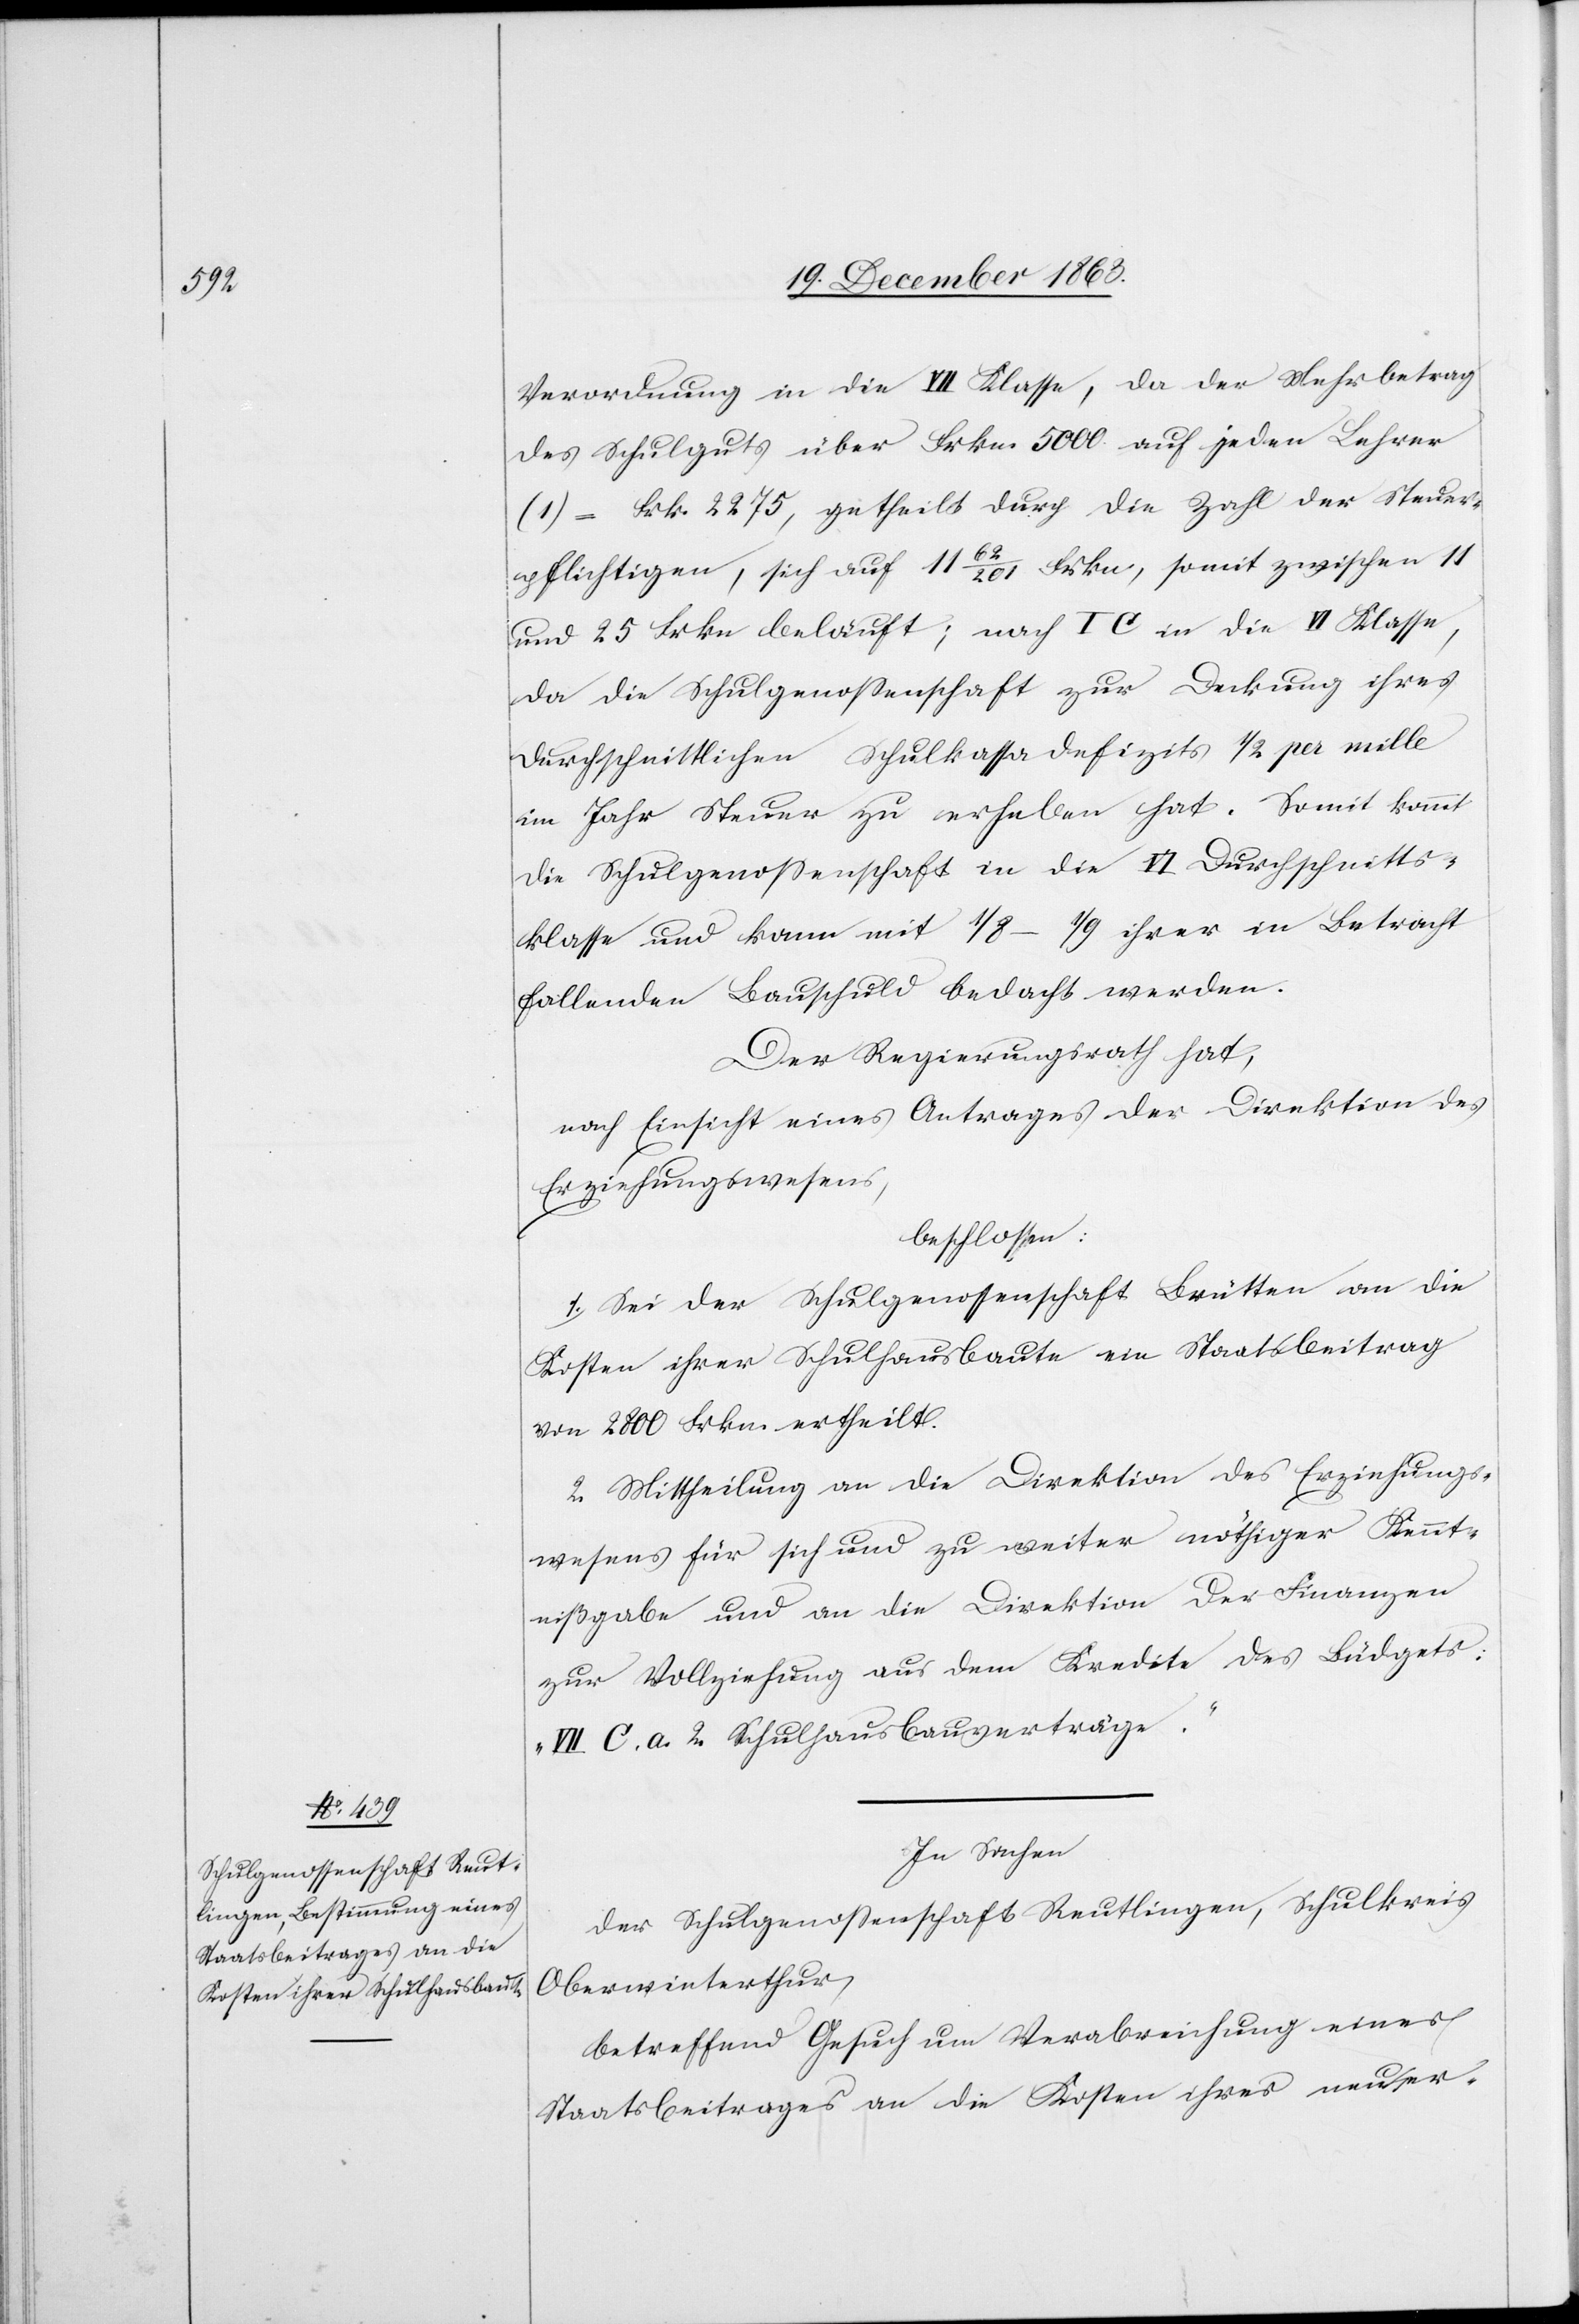
Verordnung in die VII Klasse, da der Mehrbetrag
des Schulguts über Frkn. 5000 auf jeden Lehrer
= Frk. 2275, getheilt durch die Zahl der Steuer¬
pflichtigen, sich auf 11 62/201 Frkn., somit zwischen 11
und 25 Frkn beläuft; nach I C in die VI Klasse,
da die Schulgenossenschaft zur Deckung ihres
durchschnittlichen Schulkassadefizits 1/2 per mille
im Jahr Steuer zu erheben hat. Somit kommt
die Schulgenossenschaft in die VI Durchschnitts¬
klasse und kann mit 1/8–1/9 ihrer in Betracht
fallenden Bauschuld bedacht werden.
Der Regierungsrath hat,
nach Einsicht eines Antrages der Direktion des
Erziehungswesens,
beschlossen:
1. Sei der Schulgenossenschaft Brütten an die
Kosten ihrer Schulhausbaute ein Staatsbeitrag
von 2800 Frkn. ertheilt.
2. Mittheilung an die Direktion des Erziehungs¬
wesens für sich und zu weiter nöthiger Kennt¬
nißgabe und an die Direktion der Finanzen
zur Vollziehung aus dem Kredite des Büdgets:
„VII C. a. 2. Schulhausbauverträge“.
In Sachen
der Schulgenossenschaft Reutlingen, Schulkreis
Oberwinterthur,
betreffend Gesuch um Verabreichung eines
Staatsbeitrages an die Kosten ihres neu er-